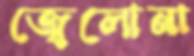
জ্বেলোনা